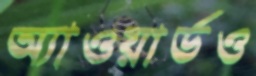
অ্যাওয়ার্ডও